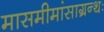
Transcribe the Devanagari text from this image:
मासमीमांसाग्रन्थः